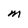
Character: m